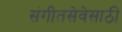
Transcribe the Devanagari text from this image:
संगीतसेवेसाठी